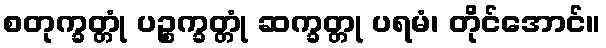
စတုက္ခတ္တုံ ပဉ္စက္ခတ္တုံ ဆက္ခတ္တု ပရမံ၊ တိုင်အောင်။